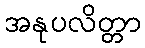
အနုပလိတ္တာ